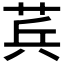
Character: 𮏊